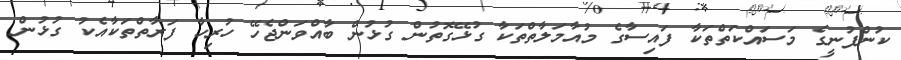
ކުންފުނީގެ މަސައްކަތްތަކާ ފައިސާގެ މުއާމަލާތްތަކާ ގުޅޭގޮތުން ގުޅުން ބާއްވަންޖެހޭ ހުރިހާ ފަރާތްތަކާއެކު ގުޅުން